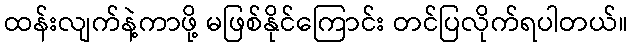
ထန်းလျက်နဲ့ကာဖို့ မဖြစ်နိုင်ကြောင်း တင်ပြလိုက်ရပါတယ်။